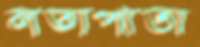
লতাপাতা